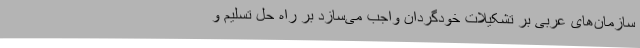
سازمان‌های عربی بر تشکیلات خودگردان واجب می‌سازد بر راه حل تسلیم و